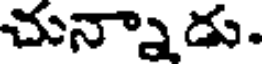
చున్నాడు.